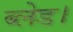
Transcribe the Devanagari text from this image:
ब्लेड।